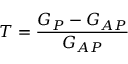
T = \frac { G _ { P } - G _ { A P } } { G _ { A P } }